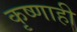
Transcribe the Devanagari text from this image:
कृष्णाही